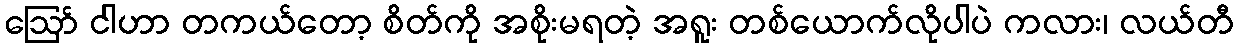
ဪ ငါဟာ တကယ်တော့ စိတ်ကို အစိုးမရတဲ့ အရူး တစ်ယောက်လိုပါပဲ ကလား၊ လယ်တီ